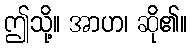
ဤသို့။ အာဟ၊ ဆို၏။